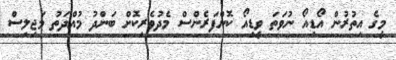
މީގެ އިތުރުން އޯޑިއޯ ނުވަތަ ވީޑިއޯ ކޮންފަރެންސް މެދުވެރިކޮށް ބަންދު މުއްދަތު މަޖިލިސް